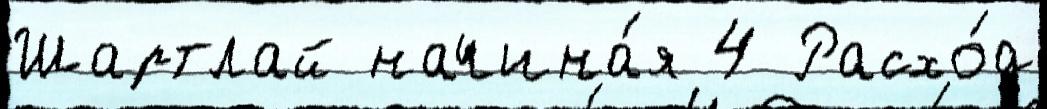
Шартлай начина́я 4 Расхо́д